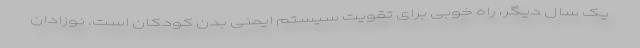
یک سال دیگر، راه خوبی برای تقویت سیستم ایمنی بدن کودکان است. نوزادان